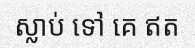
ស្លាប់ ទៅ គេ ឥត